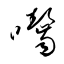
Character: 囓